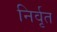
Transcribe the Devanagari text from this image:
निर्वृत